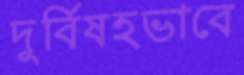
দুর্বিষহভাবে